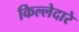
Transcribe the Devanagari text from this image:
किल्लेदारे